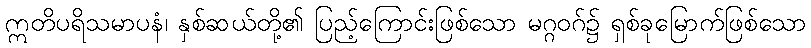
ဣတိပရိသမာပနံ၊ နှစ်ဆယ်တို့၏ ပြည့်ကြောင်းဖြစ်သော မဂ္ဂဝဂ်၌ ရှစ်ခုမြောက်ဖြစ်သော